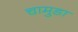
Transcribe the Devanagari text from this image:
चामुडा